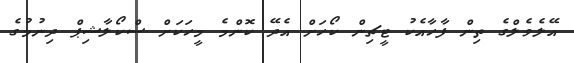
އޭލެވެލްގެ ތިން ފާހާއެކު ޓީޗިން ކޯހަށް އެދޭ ކޮންމެ މީހަކަށް ސްކޯލާޝިޕް ދިނުމުގެ